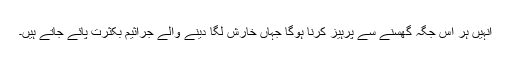
انہیں ہر اس جگہ گھسنے سے پرہیز کرنا ہوگا جہاں خارش لگا دینے والے جراثیم بکثرت پائے جاتے ہیں۔